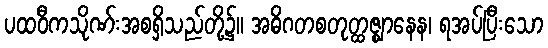
ပထဝီကသိုဏ်းအစရှိသည်တို့၌။ အဓိဂတစတုတ္ထဇ္ဈာနေန၊ ရအပ်ပြီးသော